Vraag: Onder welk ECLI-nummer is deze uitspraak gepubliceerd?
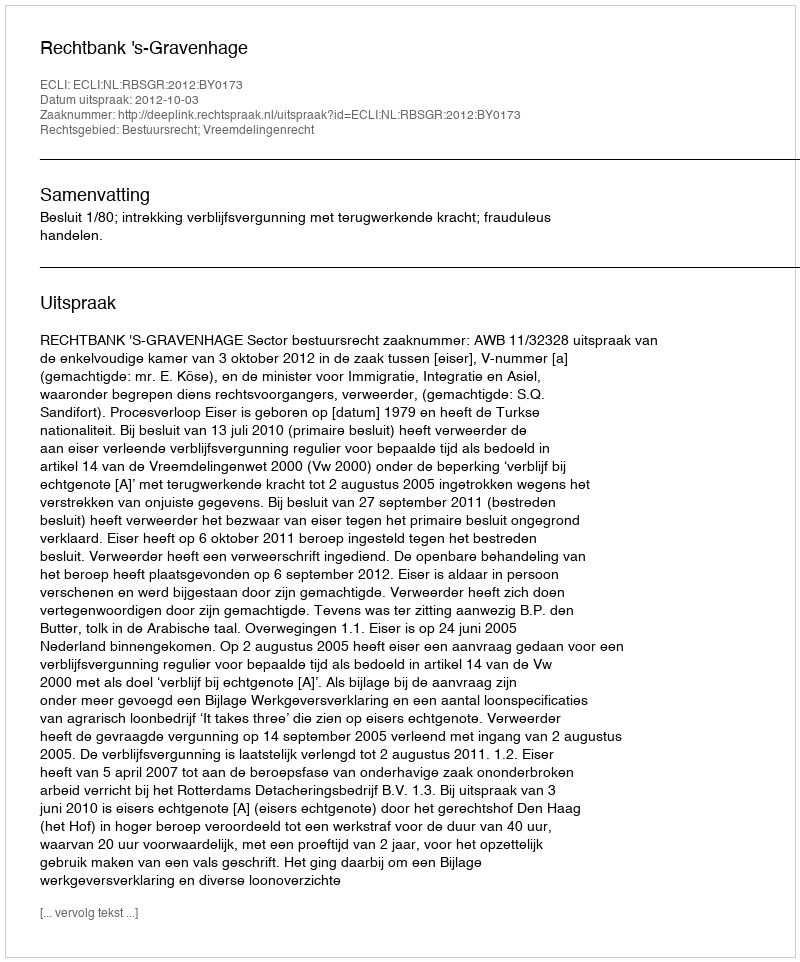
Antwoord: ECLI:NL:RBSGR:2012:BY0173